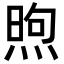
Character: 煦